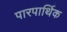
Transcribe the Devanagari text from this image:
पारपार्थिक